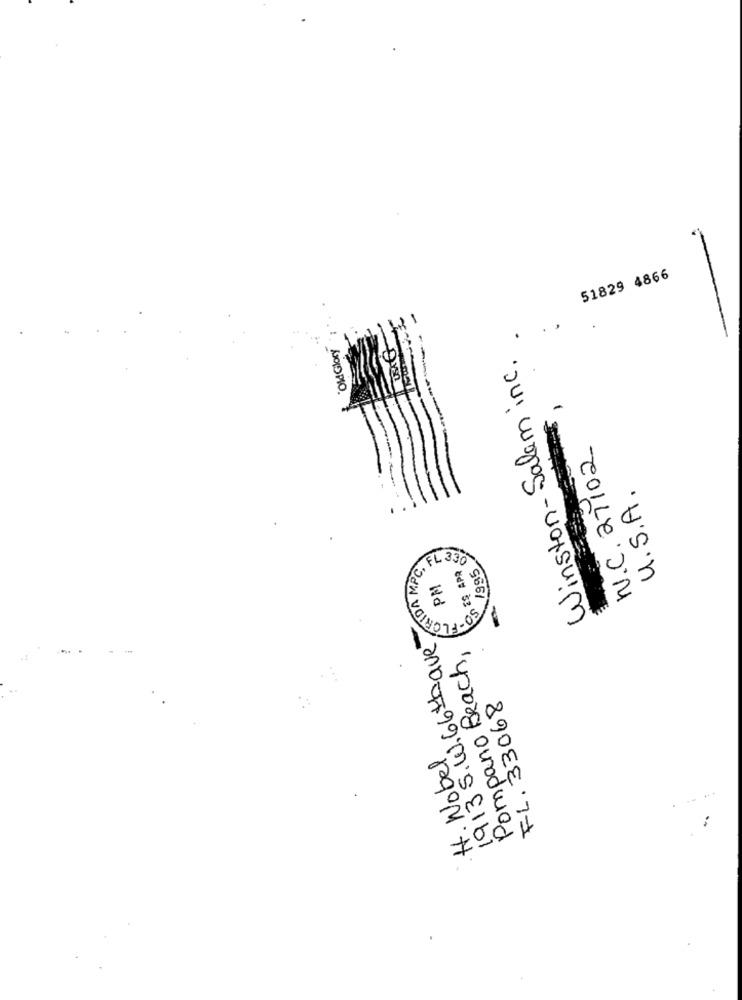
51829 4866
..
"OldGlory
Winston- Salem inc.
N.C. 27102
U.S.A.
CORIDA MPC.
C. FL 330
SO ES APR
1995
PM
1913 S.W.66 have
Pompano Beach,
FL. 33068
H. Wobel